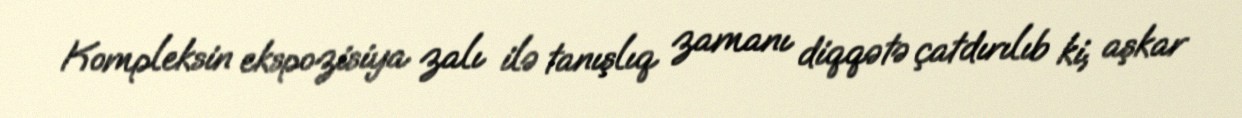
Kompleksin ekspozisiya zalı ilə tanışlıq zamanı diqqətə çatdırılıb ki, aşkar